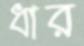
ধার